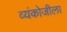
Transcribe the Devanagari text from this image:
व्यंकोजीला